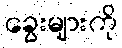
ခွေးများကို